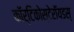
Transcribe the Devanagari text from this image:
कॉर्टिकोस्टेरॉयडस्